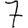
Digit: 7